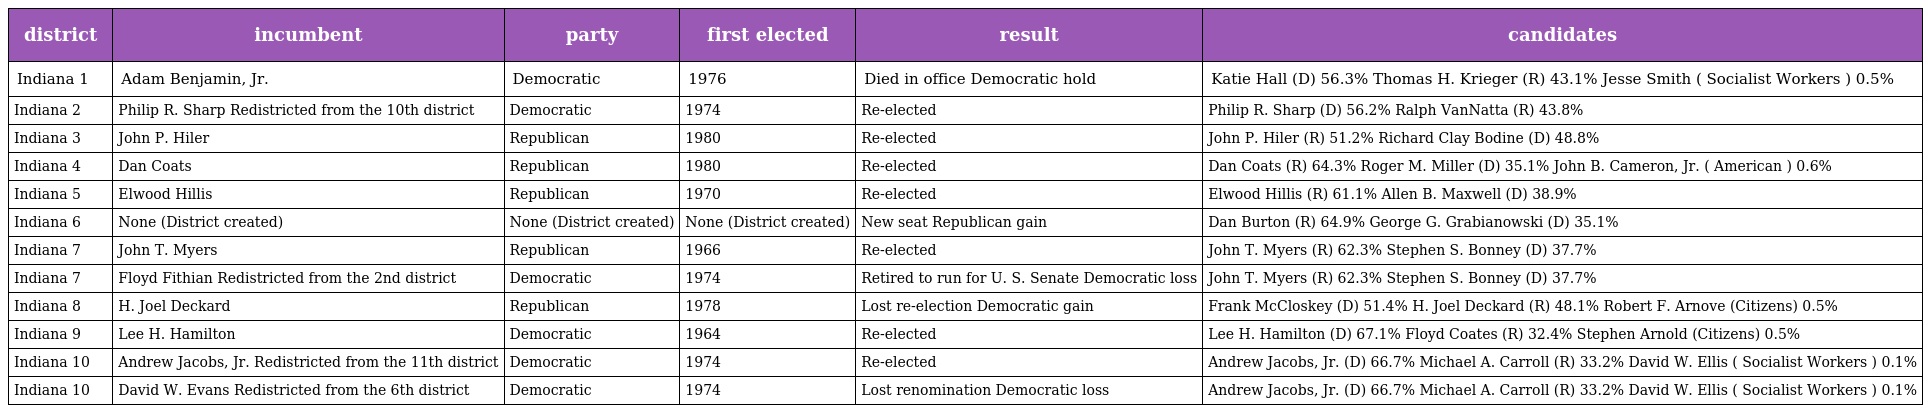
| district | incumbent | party | first elected | result | candidates |
 | --- | --- | --- | --- | --- | --- |
 | Indiana 1 | Adam Benjamin, Jr. | Democratic | 1976 | Died in office Democratic hold | Katie Hall (D) 56.3% Thomas H. Krieger (R) 43.1% Jesse Smith ( Socialist Workers ) 0.5% |
 | Indiana 2 | Philip R. Sharp Redistricted from the 10th district | Democratic | 1974 | Re-elected | Philip R. Sharp (D) 56.2% Ralph VanNatta (R) 43.8% |
 | Indiana 3 | John P. Hiler | Republican | 1980 | Re-elected | John P. Hiler (R) 51.2% Richard Clay Bodine (D) 48.8% |
 | Indiana 4 | Dan Coats | Republican | 1980 | Re-elected | Dan Coats (R) 64.3% Roger M. Miller (D) 35.1% John B. Cameron, Jr. ( American ) 0.6% |
 | Indiana 5 | Elwood Hillis | Republican | 1970 | Re-elected | Elwood Hillis (R) 61.1% Allen B. Maxwell (D) 38.9% |
 | Indiana 6 | None (District created) | None (District created) | None (District created) | New seat Republican gain | Dan Burton (R) 64.9% George G. Grabianowski (D) 35.1% |
 | Indiana 7 | John T. Myers | Republican | 1966 | Re-elected | John T. Myers (R) 62.3% Stephen S. Bonney (D) 37.7% |
 | Indiana 7 | Floyd Fithian Redistricted from the 2nd district | Democratic | 1974 | Retired to run for U. S. Senate Democratic loss | John T. Myers (R) 62.3% Stephen S. Bonney (D) 37.7% |
 | Indiana 8 | H. Joel Deckard | Republican | 1978 | Lost re-election Democratic gain | Frank McCloskey (D) 51.4% H. Joel Deckard (R) 48.1% Robert F. Arnove (Citizens) 0.5% |
 | Indiana 9 | Lee H. Hamilton | Democratic | 1964 | Re-elected | Lee H. Hamilton (D) 67.1% Floyd Coates (R) 32.4% Stephen Arnold (Citizens) 0.5% |
 | Indiana 10 | Andrew Jacobs, Jr. Redistricted from the 11th district | Democratic | 1974 | Re-elected | Andrew Jacobs, Jr. (D) 66.7% Michael A. Carroll (R) 33.2% David W. Ellis ( Socialist Workers ) 0.1% |
 | Indiana 10 | David W. Evans Redistricted from the 6th district | Democratic | 1974 | Lost renomination Democratic loss | Andrew Jacobs, Jr. (D) 66.7% Michael A. Carroll (R) 33.2% David W. Ellis ( Socialist Workers ) 0.1% |